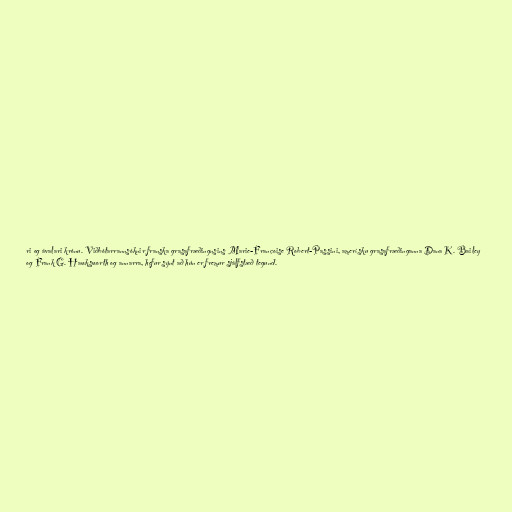
ri og ávalari krónu. Viðbótarrannsóknir franska grasafræðingnsins Marie-Françoise Robert-Passini, amerísku grasafræðinganna Dana K. Bailey
og Frank G. Hawksworth og annarra, hefur sýnt að hún er fremur sjálfstæð tegund.